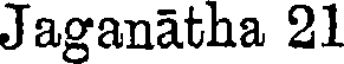
Jaganatha 21